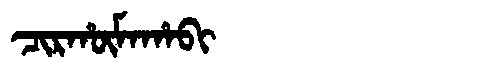
Manchu: ᠴᡳᡵᡥᡡᠮᠠᡥᠠᠪᡳ
Romanization: CIRHŪMAHABI